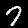
Digit: 7